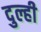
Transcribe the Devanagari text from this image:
दुल्ही